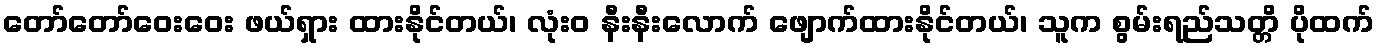
တော်တော်ဝေးဝေး ဖယ်ရှား ထားနိုင်တယ်၊ လုံးဝ နီးနီးလောက် ဖျောက်ထားနိုင်တယ်၊ သူက စွမ်းရည်သတ္တိ ပိုထက်